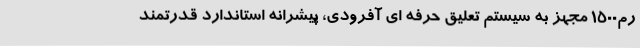
رم1500 مجهز به سیستم تعلیق حرفه ای آفرودی، پیشرانه استاندارد قدرتمند